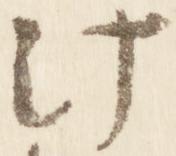
汁